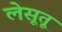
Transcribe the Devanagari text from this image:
लेसूतू